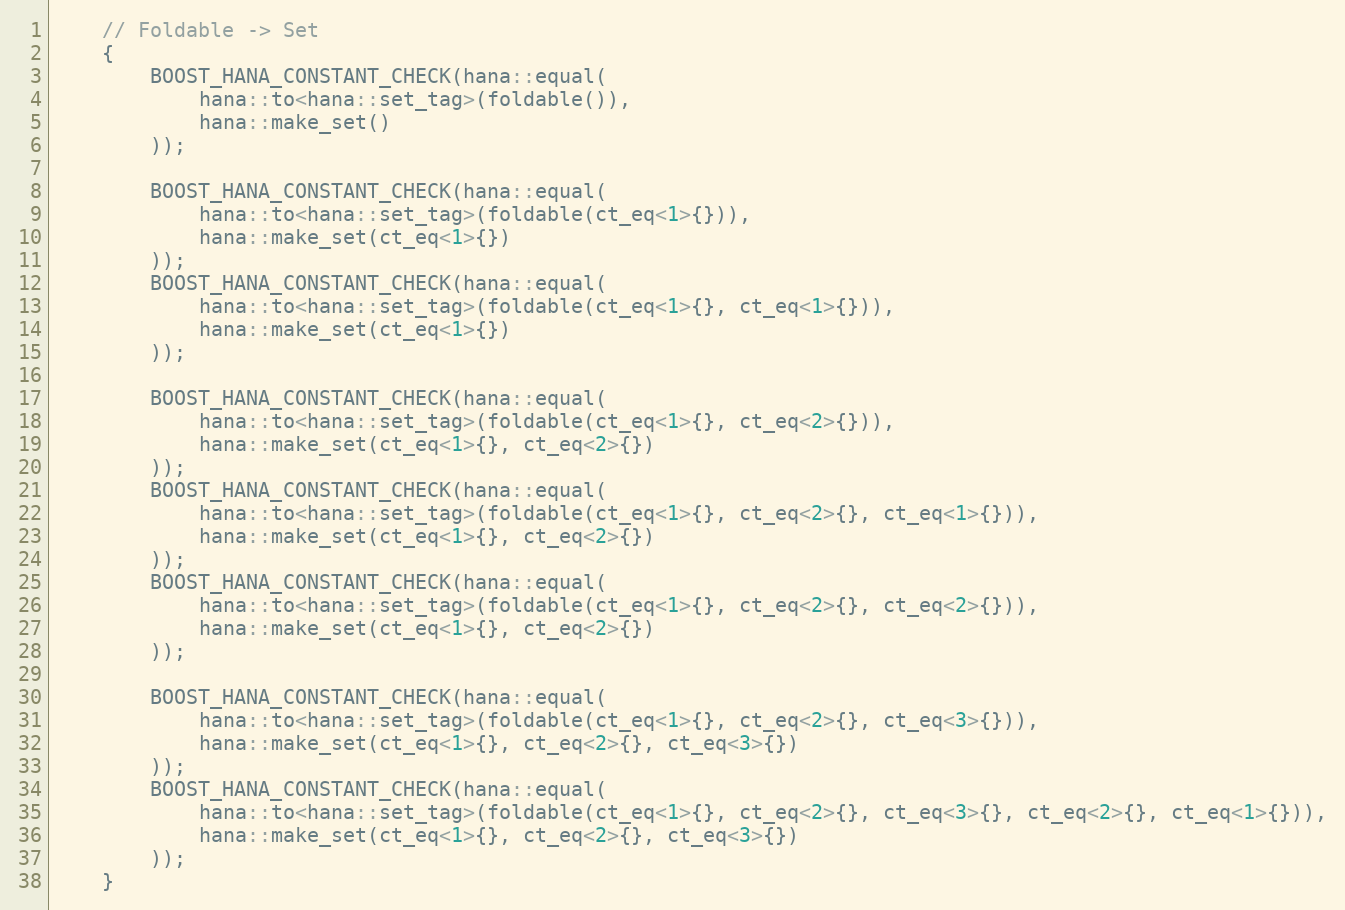
Language: C++
    // Foldable -> Set
    {
        BOOST_HANA_CONSTANT_CHECK(hana::equal(
            hana::to<hana::set_tag>(foldable()),
            hana::make_set()
        ));

        BOOST_HANA_CONSTANT_CHECK(hana::equal(
            hana::to<hana::set_tag>(foldable(ct_eq<1>{})),
            hana::make_set(ct_eq<1>{})
        ));
        BOOST_HANA_CONSTANT_CHECK(hana::equal(
            hana::to<hana::set_tag>(foldable(ct_eq<1>{}, ct_eq<1>{})),
            hana::make_set(ct_eq<1>{})
        ));

        BOOST_HANA_CONSTANT_CHECK(hana::equal(
            hana::to<hana::set_tag>(foldable(ct_eq<1>{}, ct_eq<2>{})),
            hana::make_set(ct_eq<1>{}, ct_eq<2>{})
        ));
        BOOST_HANA_CONSTANT_CHECK(hana::equal(
            hana::to<hana::set_tag>(foldable(ct_eq<1>{}, ct_eq<2>{}, ct_eq<1>{})),
            hana::make_set(ct_eq<1>{}, ct_eq<2>{})
        ));
        BOOST_HANA_CONSTANT_CHECK(hana::equal(
            hana::to<hana::set_tag>(foldable(ct_eq<1>{}, ct_eq<2>{}, ct_eq<2>{})),
            hana::make_set(ct_eq<1>{}, ct_eq<2>{})
        ));

        BOOST_HANA_CONSTANT_CHECK(hana::equal(
            hana::to<hana::set_tag>(foldable(ct_eq<1>{}, ct_eq<2>{}, ct_eq<3>{})),
            hana::make_set(ct_eq<1>{}, ct_eq<2>{}, ct_eq<3>{})
        ));
        BOOST_HANA_CONSTANT_CHECK(hana::equal(
            hana::to<hana::set_tag>(foldable(ct_eq<1>{}, ct_eq<2>{}, ct_eq<3>{}, ct_eq<2>{}, ct_eq<1>{})),
            hana::make_set(ct_eq<1>{}, ct_eq<2>{}, ct_eq<3>{})
        ));
    }